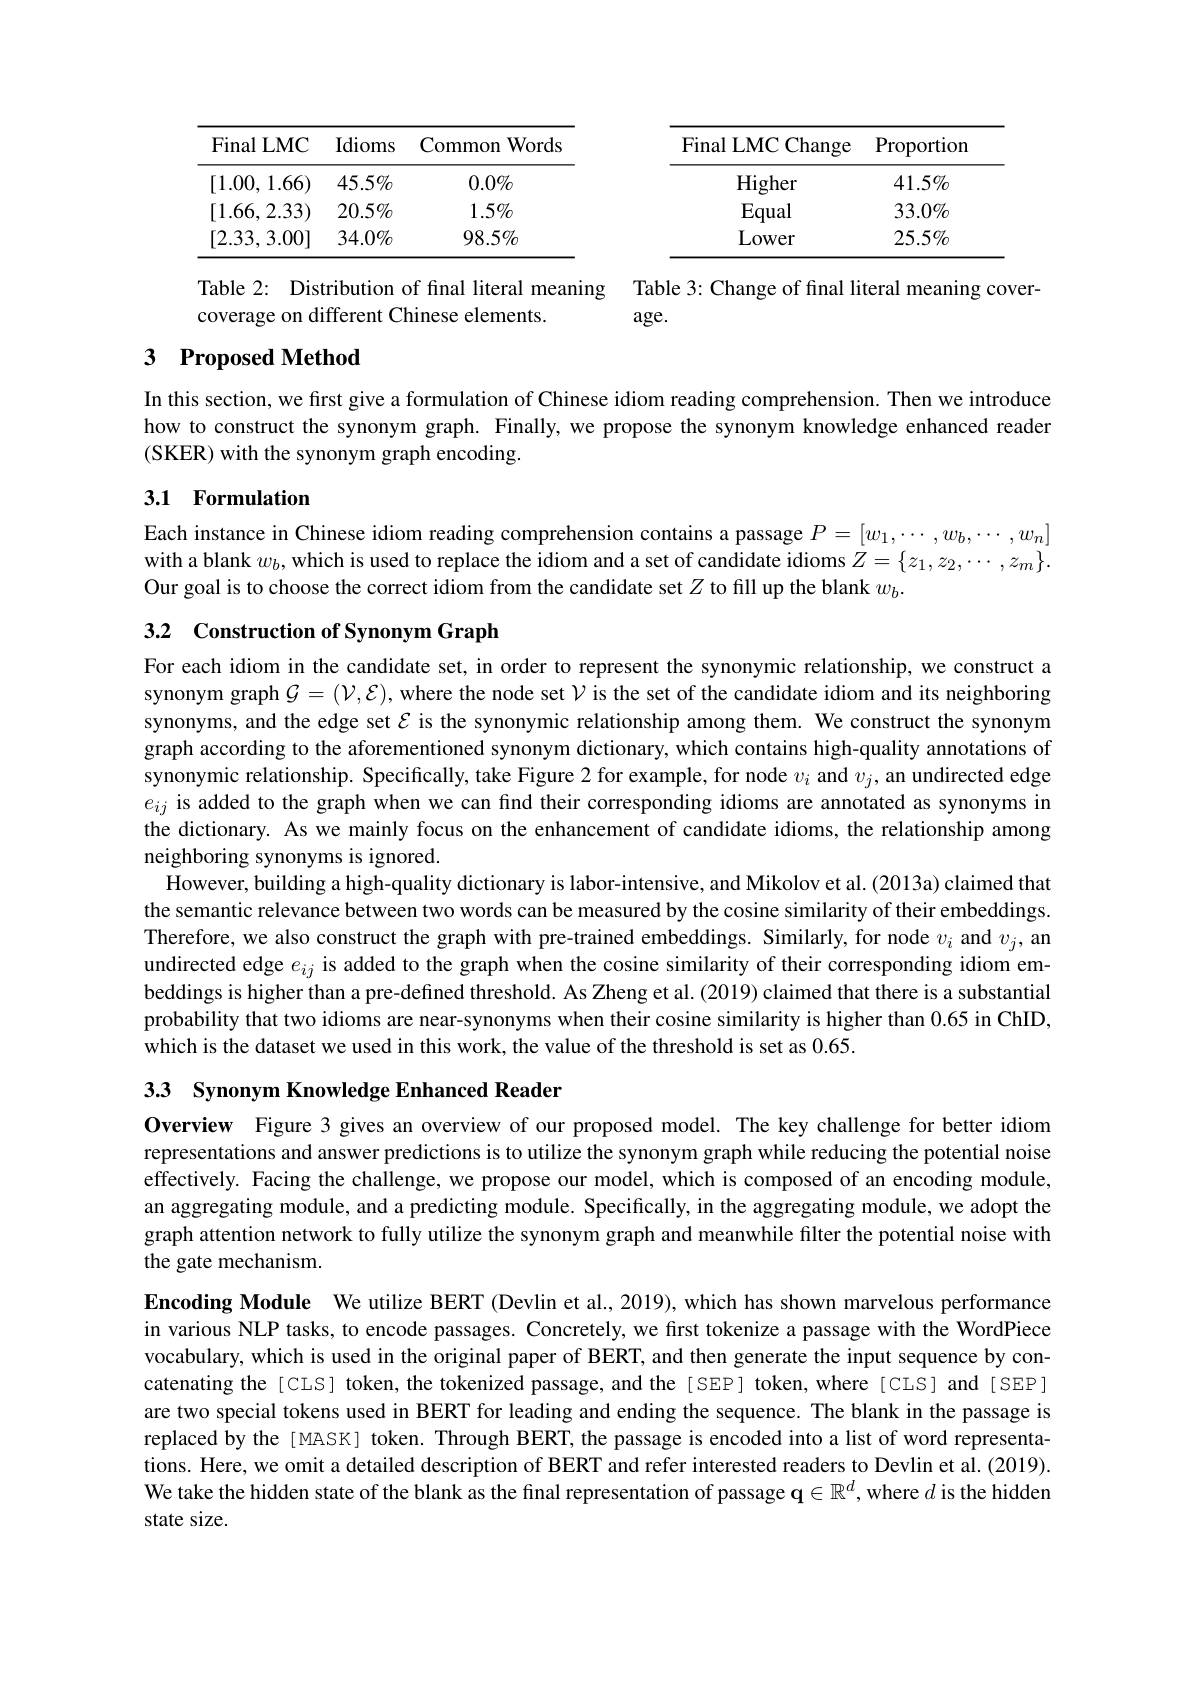
<table>
	<tbody>
		<tr>
			<th>Final LMC Change</th>
			<th>$\operatorname{Proportion}$</th>
		</tr>
		<tr>
			<td>Higher</td>
			<td>$41.5\%$</td>
		</tr>
		<tr>
			<td>Equal</td>
			<td>$33.0\%$</td>
		</tr>
		<tr>
			<td>Lower</td>
			<td>$25.5\%$</td>
		</tr>
	</tbody>
</table>

<table>
	<tbody>
		<tr>
			<th>Final LMC</th>
			<th>Idioms</th>
			<th>Common Words</th>
		</tr>
		<tr>
			<td>[1.00,1.66)</td>
			<td>$45.5\%$</td>
			<td>$0.0\%$</td>
		</tr>
		<tr>
			<td>[1.66,2.33)</td>
			<td>$20.5\%$</td>
			<td>$1.5\%$</td>
		</tr>
		<tr>
			<td>[2.33, 3.00]</td>
			<td>$34.0\%$</td>
			<td>$98.5\%$</td>
		</tr>
	</tbody>
</table>

Table 2: Distribution of final literal meaning Table 3: Change of final literal meaning cover-
coverage on different Chinese elements.

$\arg$e.

## 3 Proposed Method

In this section, we first give a formulation of Chinese idiom reading comprehension. Then we introduce how to construct the synonym graph. Finally, we propose the synonym knowledge enhanced reader (SKER) with the synonym graph encoding.

## 3.1 Formulation

Each instance in Chinese idiom reading comprehension contains a passage $P=[w_1,\cdots,w_b,\cdots,w_n]$ with a blank $w_b$, which is used to replace the idiom and a set of candidate idioms $Z=\{z_1,z_2,\cdots,z_m\}.$ Our goal is to choose the correct idiom from the candidate set $Z$ to fill up the blank $w_b.$

## 3.2 Construction of Synonym Graph

For each idiom in the candidate set, in order to represent the synonymic relationship, we construct a synonym graph $\mathcal{G}=(\mathcal{V},\mathcal{E})$, where the node set $\mathcal{V}$ is the set of the candidate idiom and its neighboring synonyms, and the edge set $\mathcal{E}$ is the synonymic relationship among them. We construct the synonym graph according to the aforementioned synonym dictionary, which contains high-quality annotations of synonymic relationship. Specifically, take Figure 2 for example, for node $v_i$ and $v_j$, an undirected edge $e_{ij}$ is added to the graph when we can find their corresponding idioms are annotated as synonyms in the dictionary. As we mainly focus on the enhancement of candidate idioms, the relationship among neighboring synonyms is ignored.
However, building a high-quality dictionary is labor-intensive, and Mikolov et al. (2013a) claimed that the semantic relevance between two words can be measured by the cosine similarity of their embeddings. Therefore, we also construct the graph with pre-trained embeddings. Similarly, for node $v_i$ and $v_j$, an undirected edge $e_{ij}$ is added to the graph when the cosine similarity of their corresponding idiom embeddings is higher than a pre-defined threshold. As Zheng et al.(2019) claimed that there is a substantial probability that two idioms are near-synonyms when their cosine similarity is higher than 0.65 in ChID, which is the dataset we used in this work, the value of the threshold is set as 0.65.

33 Synonym Knowledge Enhanced Reader

Overview Figure 3 gives an overview of our proposed model. The key challenge for better idiom representations and answer predictions is to utilize the synonym graph while reducing the potential noise effectively. Facing the challenge, we propose our model, which is composed of an encoding module, an aggregating module, and a predicting module. Specifically, in the aggregating module, we adopt the graph attention network to fully utilize the synonym graph and meanwhile filter the potential noise with the gate mechanism.

Encoding Module We utilize BERT (Devlin et al., 2019), which has shown marvelous performance in various NLP tasks, to encode passages. Concretely, we first tokenize a passage with the WordPiece vocabulary, which is used in the original paper of BERT, and then generate the input sequence by concatenating the[CLS] token, the tokenized passage, and the[SEP] token, where[CLS] and[SEP] are two special tokens used in BERT for leading and ending the sequence. The blank in the passage is replaced by the[ MASK] token. Through BERT, the passage is encoded into a list of word representations. Here, we omit a detailed description of BERT and refer interested readers to Devlin et al. (2019). We take the hidden state of the blank as the final representation of passage $\mathbf{q}\in\mathbb{R}^d$,where $d$ is the hidden state size.